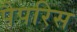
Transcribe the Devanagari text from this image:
पैपरिस